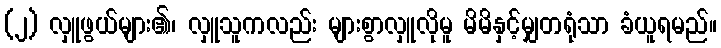
(၂) လှူဖွယ်များ၏၊ လှူသူကလည်း များစွာလှူလိုမူ မိမိနှင့်မျှတရုံသာ ခံယူရမည်။